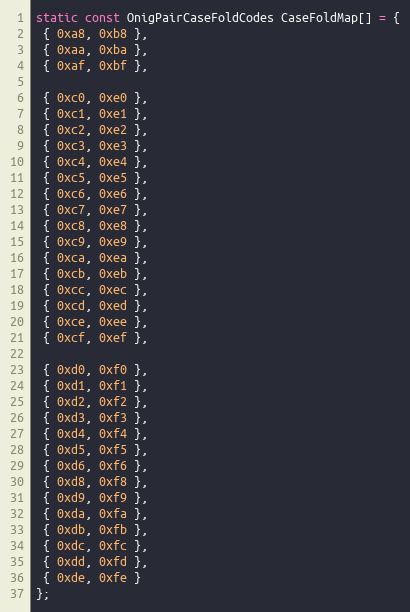
Language: C
static const OnigPairCaseFoldCodes CaseFoldMap[] = {
 { 0xa8, 0xb8 },
 { 0xaa, 0xba },
 { 0xaf, 0xbf },

 { 0xc0, 0xe0 },
 { 0xc1, 0xe1 },
 { 0xc2, 0xe2 },
 { 0xc3, 0xe3 },
 { 0xc4, 0xe4 },
 { 0xc5, 0xe5 },
 { 0xc6, 0xe6 },
 { 0xc7, 0xe7 },
 { 0xc8, 0xe8 },
 { 0xc9, 0xe9 },
 { 0xca, 0xea },
 { 0xcb, 0xeb },
 { 0xcc, 0xec },
 { 0xcd, 0xed },
 { 0xce, 0xee },
 { 0xcf, 0xef },

 { 0xd0, 0xf0 },
 { 0xd1, 0xf1 },
 { 0xd2, 0xf2 },
 { 0xd3, 0xf3 },
 { 0xd4, 0xf4 },
 { 0xd5, 0xf5 },
 { 0xd6, 0xf6 },
 { 0xd8, 0xf8 },
 { 0xd9, 0xf9 },
 { 0xda, 0xfa },
 { 0xdb, 0xfb },
 { 0xdc, 0xfc },
 { 0xdd, 0xfd },
 { 0xde, 0xfe }
};